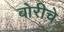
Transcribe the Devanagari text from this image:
बोरीचे